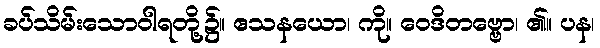
ခပ်သိမ်းသောဝါရတို့၌။ ဧသနယော၊ ကို။ ဝေဒိတဗ္ဗော၊ ၏။ ပန၊